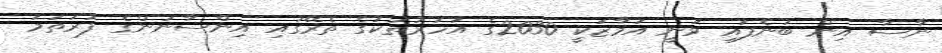
ނާސާ އިން ބުނެފައި ވަނީ އަމާޒަކީ 2030ގެ އަހަރުތަކުގެ ތެރޭގައި އިންސާނުންގެ ފުރަތަމަ